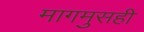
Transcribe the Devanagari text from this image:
मागमुसही